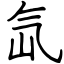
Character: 氙